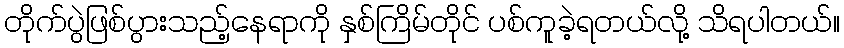
တိုက်ပွဲဖြစ်ပွားသည့်နေရာကို နှစ်ကြိမ်တိုင် ပစ်ကူခဲ့ရတယ်လို့ သိရပါတယ်။